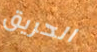
الحريق